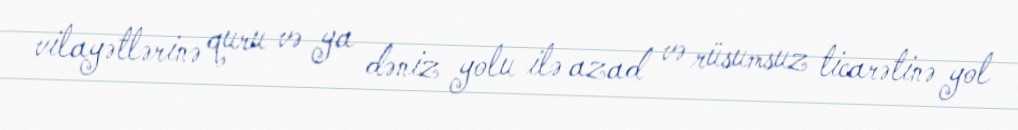
vilayətlərinə quru və ya dəniz yolu ilə azad və rüsumsuz ticarətinə yol